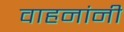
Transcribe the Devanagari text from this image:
वाहनांनी